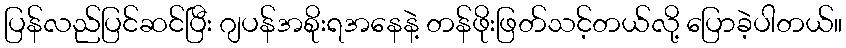
ပြန်လည်ပြင်ဆင်ပြီး ဂျပန်အစိုးရအနေနဲ့ တန်ဖိုးဖြတ်သင့်တယ်လို့ ပြောခဲ့ပါတယ်။